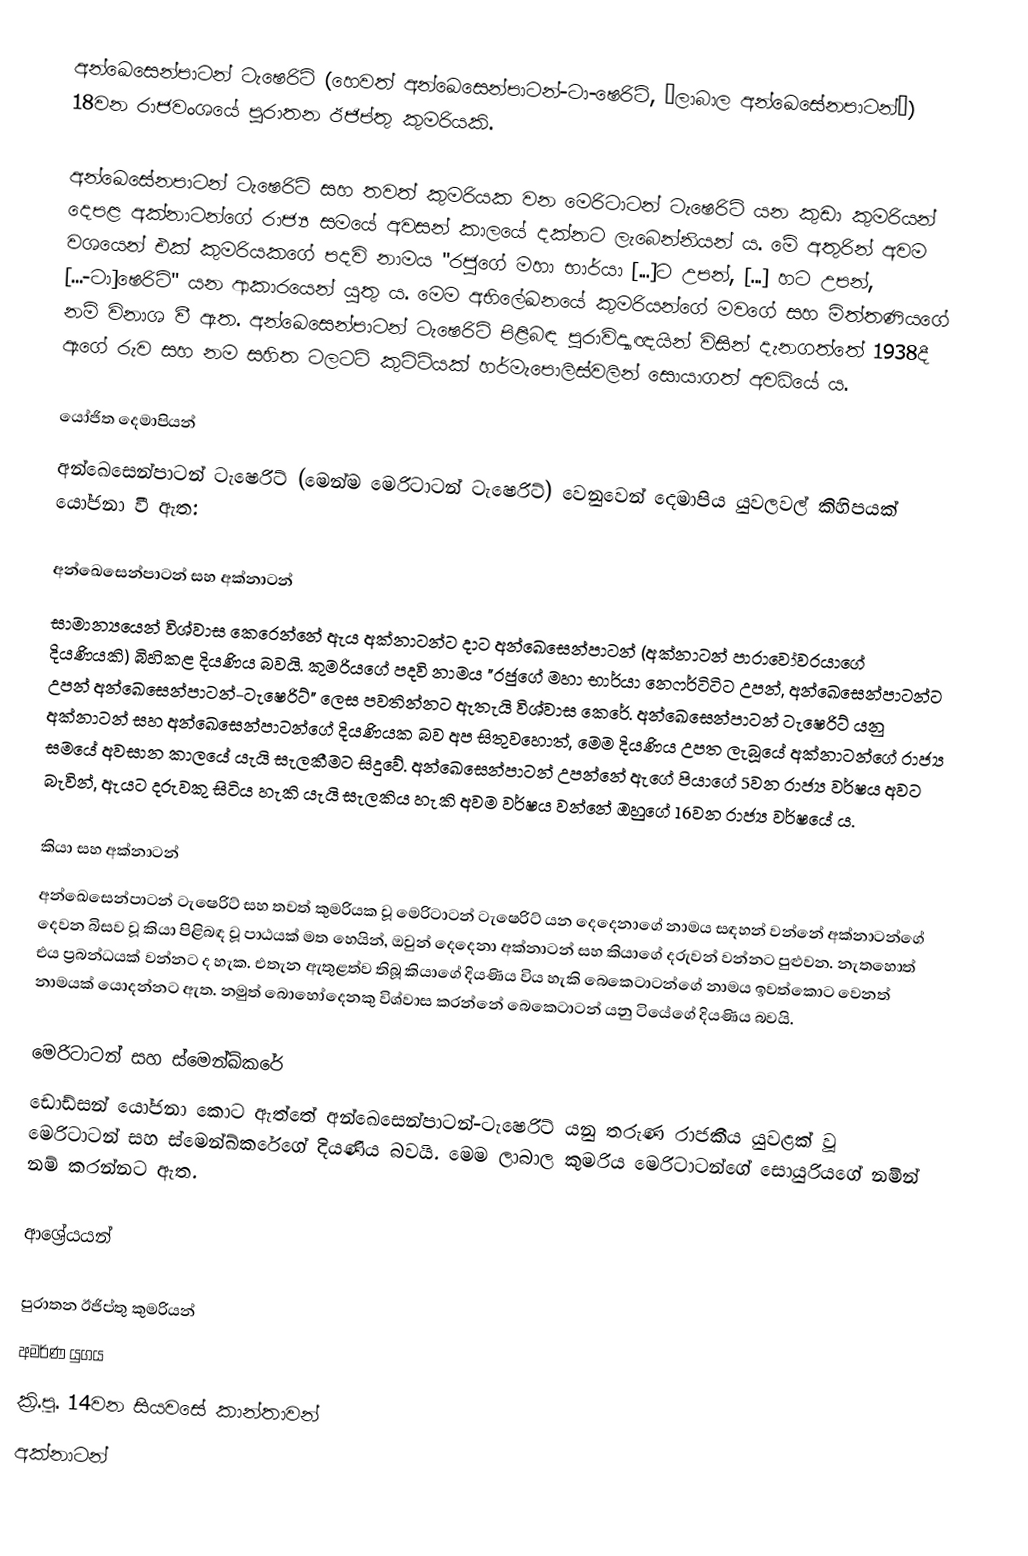
අන්ඛෙසෙන්පා‍ටන් ටැෂෙරිට් (හෙවත් අන්ඛෙසෙන්පාටන්-ටා-ෂෙරිට්, “ලාබාල අන්ඛෙසේනපාටන්”) 18වන රාජවංශයේ පුරාතන ඊජිප්තු කුමරියකි.

අන්ඛෙසේනපාටන් ටැෂෙරිට් සහ තවත් කුමරියක වන මෙරිටාටන් ටැෂෙරිට් යන කුඩා කුමරියන් දෙපළ අක්නාටන්ගේ රාජ්‍ය සමයේ අවසන් කාලයේ දක්නට ලැබෙන්නියන් ය. මේ අතුරින් අවම වශයෙන් එක් කුමරියකගේ පදවි නාමය "රජුගේ මහා භාර්යා [...]ට උපන්, [...] හට උපන්, [...-ටා]ෂෙරිට්" යන ආකාරයෙන් යුතු ය. මෙම අභිලේඛනයේ කුමරියන්ගේ මවගේ සහ මිත්තණියගේ නම් විනාශ වී ඇත. අන්ඛෙසෙන්පාටන් ටැෂෙරිට් පිළිබඳ පුරාවිද්‍යාඥයින් විසින් දැනගත්තේ 1938දී ඇගේ රුව සහ නම සහිත ටලටට් කුට්ටියක් හර්මැපොලිස්වලින් සොයාගත් අවධියේ ය.

යෝජිත දෙමාපියන්
අන්ඛෙසෙන්පාටන් ටැෂෙරිට් (මෙන්ම මෙරිටාටන් ටැෂෙරිට්) වෙනුවෙන් දෙමාපිය යුවලවල් කිහිපයක් යෝජනා වී ඇත:

අන්ඛෙසෙන්පාටන් සහ අක්නාටන්
සාමාන්‍යයෙන් විශ්වාස කෙරෙන්නේ ඇය අක්නාටන්ට දාට අන්ඛෙසෙන්පාටන් (අක්නාටන් පාරාවෝවරයාගේ දියණියකි) බිහිකළ දියණිය බවයි. කුමරියගේ පදවි නාමය "රජුගේ මහා භාර්යා නෙෆර්ටිටිට උපන්, අන්ඛෙසෙන්පාටන්ට උපන් අන්ඛෙසෙන්පාටන්-ටැෂෙරිට්" ලෙස පවතින්නට ඇතැයි විශ්වාස කෙරේ. අන්ඛෙසෙන්පාටන් ටැෂෙරිට් යනු අක්නාටන් සහ අන්ඛෙසෙන්පාටන්ගේ දියණියක බව අප සිතුවහොත්, මෙම දියණිය උපත ලැබූයේ අක්නාටන්ගේ රාජ්‍ය සමයේ අවසාන කාලයේ යැයි සැලකීමට සිදුවේ. අන්ඛෙසෙන්පාටන් උපන්නේ ඇගේ පියාගේ 5වන රාජ්‍ය වර්ෂය අවට බැවින්, ඇයට දරුවකු සිටිය හැකි යැයි සැලකිය හැකි අවම වර්ෂය වන්නේ ඔහුගේ 16වන රාජ්‍ය වර්ෂයේ ය.

කියා සහ අක්නාටන්
අන්ඛෙසෙන්පාටන් ටැෂෙරිට් සහ තවත් කුමරියක වූ මෙරිටාටන් ටැෂෙරිට් යන දෙදෙනාගේ නාමය සඳහන් වන්නේ අක්නාටන්ගේ දෙවන බිසව වූ කියා පිළිබඳ වූ පාඨයක් මත හෙයින්, ඔවුන් දෙදෙනා අක්නාටන් සහ කියාගේ දරුවන් වන්නට පුළුවන. නැතහොත් එය ප්‍රබන්ධයක් වන්නට ද හැක. එතැන ඇතුළත්ව තිබූ කියාගේ දියණිය විය හැකි බෙකෙටාටන්ගේ නාමය ඉවත්කොට වෙනත් නාමයක් යොදන්නට ඇත. නමුත් බොහෝදෙනකු විශ්වාස කරන්නේ බෙකෙටාටන් යනු ටියේගේ දියණිය බවයි.

මෙරිටාටන් සහ ස්මෙන්ඛ්කරේ
ඩොඩ්සන් යෝජනා කොට ඇත්තේ අන්ඛෙසෙන්පාටන්-ටැෂෙරිට් යනු තරුණ රාජකීය යුවළක් වූ මෙරිටාටන් සහ ස්මෙන්ඛ්කරේගේ දියණිය බවයි. මෙම ලාබාල කුමරිය මෙරිටාටන්ගේ සොයුරියගේ නමින් නම් කරන්නට ඇත.

ආශ්‍රේයයන්

පුරාතන ඊජිප්තු කුමරියන්
අමර්ණ යුගය
ක්‍රි.පූ. 14වන සියවසේ කාන්තාවන්
අක්නාටන්